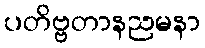
ပတိဗ္ဗတာနညမနာ